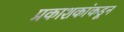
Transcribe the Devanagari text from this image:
प्रकाशकांकडून